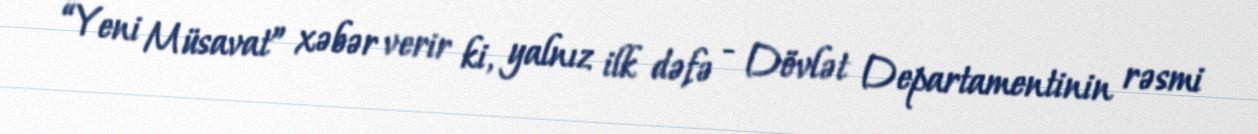
“Yeni Müsavat” xəbər verir ki, yalnız ilk dəfə - Dövlət Departamentinin rəsmi